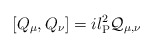
\begin{align*}[Q_\mu,Q_\nu]=il_{\rm P}^2{\cal Q}_{\mu,\nu}\end{align*}